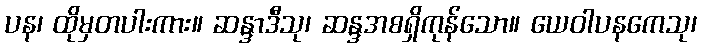
ပန၊ ထိုမှတပါးကား။ ဆန္ဒာဒီသု၊ ဆန္ဒအစရှိကုန်သော။ ယေဝါပနကေသု၊